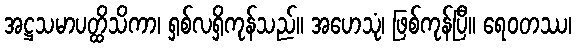
အဋ္ဌသမာပတ္ထိသိကာ၊ ရှစ်လရှိကုန်သည်။ အဟေသုံ၊ ဖြစ်ကုန်ပြီ။ ရေဝတဿ၊